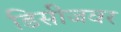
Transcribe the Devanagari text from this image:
डिसीजवर